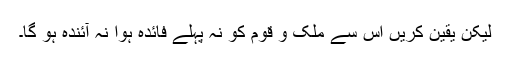
لیکن یقین کریں اس سے ملک و قوم کو نہ پہلے فائدہ ہوا نہ آئندہ ہو گا۔